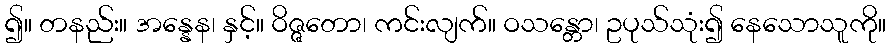
၍။ တနည်း။ အန္နေန၊ နှင့်။ ဝိဇ္ဇတော၊ ကင်းလျက်။ ဝသန္တော၊ ဥပုသ်သုံး၍ နေသောသူကို။